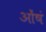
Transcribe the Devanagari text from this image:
ओंषं